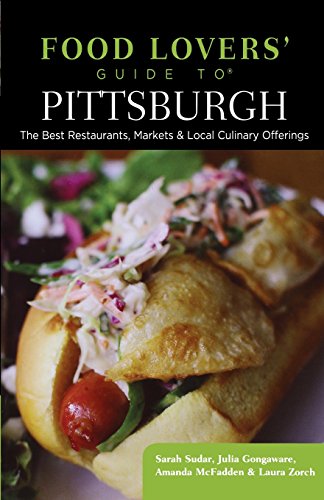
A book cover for Food Lovers' Guide toÂ® Pittsburgh: The Best Restaurants, Markets & Local Culinary Offerings (Food Lovers' Series); Sarah Sudar; Travel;